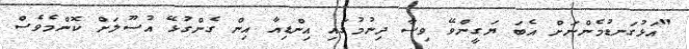
"އަޅުގަނޑުމެންނަށް އެބަ ޔަގީންވޭ ވިސާ ދިނުމުގައި އިންޑިއާ އިން ގެންގުޅޭ އުސޫލަށް ކޮންމެވެސް